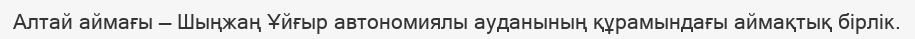
Алтай аймағы — Шыңжаң Ұйғыр автономиялы ауданының құрамындағы аймақтық бірлік.